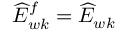
\widehat { E } _ { w k } ^ { f } = \widehat { E } _ { w k }